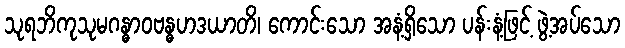
သုရဘိကုသုမဂန္ဓာဝဗန္ဓဟဒယာတိ၊ ကောင်းသော အနံ့ရှိသော ပန်းနံ့ဖြင့် ဖွဲ့အပ်သော